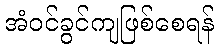
အံဝင်ခွင်ကျဖြစ်စေရန်